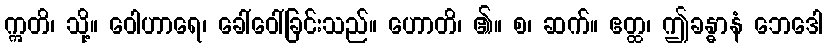
ဣတိ၊ သို့။ ဝေါဟာရေ၊ ခေါ်ဝေါ်ခြင်းသည်။ ဟောတိ၊ ၏။ စ၊ ဆက်။ ဧတ္ထ၊ ဤခန္ဓာနံ ဘေဒေါ